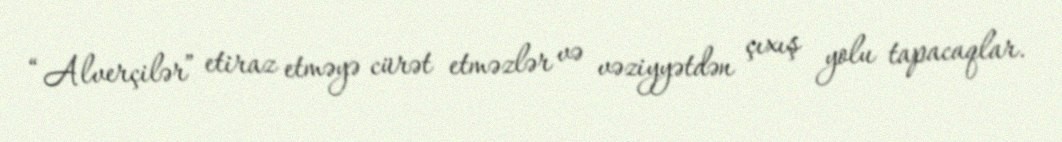
“Alverçilər” etiraz etməyə cürət etməzlər və vəziyyətdən çıxış yolu tapacaqlar.